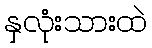
နှလုံးသားထဲ